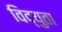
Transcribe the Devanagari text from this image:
विद्युता